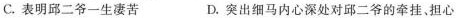
C.表明邱二爷一生凄苦 D.突出细马内心深处对邱二爷的牵挂、担心